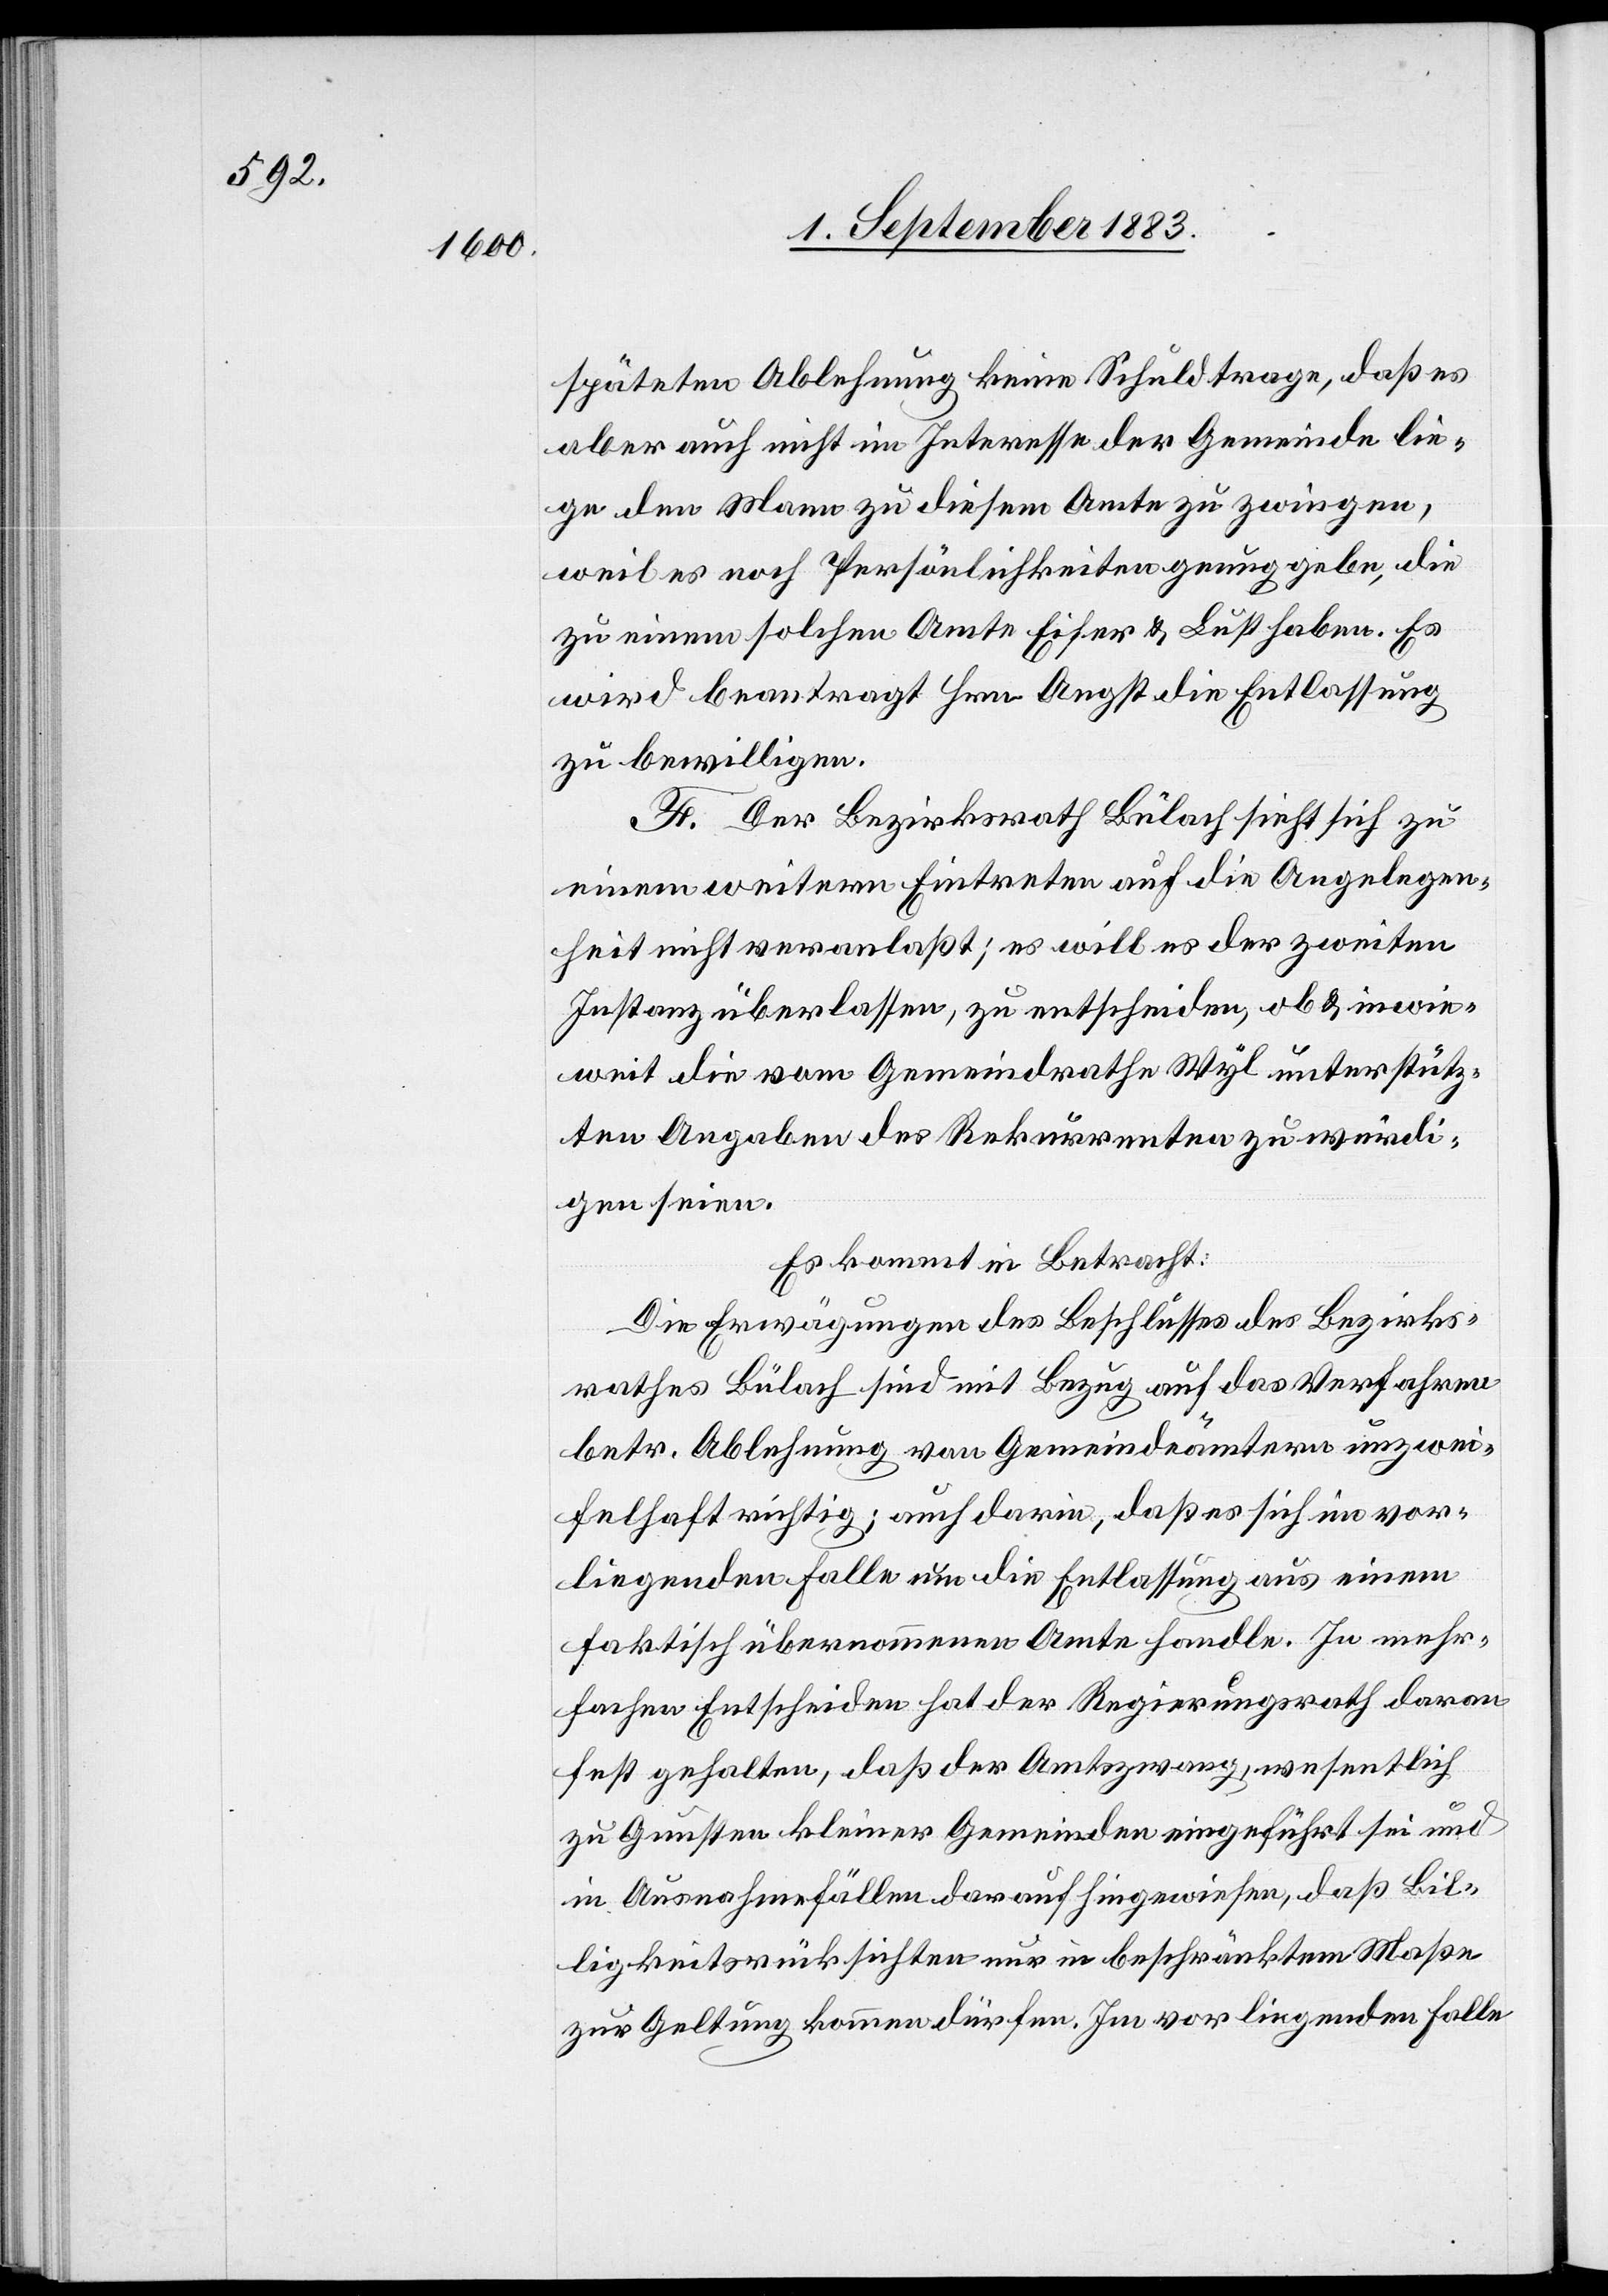
späteten Ablehnung keine Schuld trage, daß es
aber auch nicht im Interesse der Gemeinde lie¬
ge den Mann zu diesem Amte zu zwingen,
weil es noch Persönlichkeiten genug gebe, die
zu einem solchen Amte Eifer & Lust haben. Es
wird beantragt Hrn. Angst die Entlassung
zu bewilligen.
F. Der Bezirksrath Bülach sieht sich zu
einem weitern Eintreten auf die Angelegen¬
heit nicht veranlaßt; es will es der zweiten
Instanz überlassen, zu entscheiden, ob & inwie¬
weit die vom Gemeindrathe Wyl unterstütz¬
ten Angaben des Rekurrenten zu würdi¬
gen seien.
Es kommt in Betracht:
Die Erwägungen des Beschlusses des Bezirks¬
rathes Bülach sind mit Bezug auf das Verfahren
betr. Ablehnung von Gemeindeämtern unzwei¬
felhaft richtig; auch darin, daß es sich im vor¬
liegenden Falle um die Entlassung aus einem
faktisch übernommenen Amte handle. In mehr¬
fachen Entscheiden hat der Regierungsrath daran
festgehalten, daß der Amtszwang, wesentlich
zu Gunsten kleiner Gemeinden eingeführt sei und
in Ausnahmefällen darauf hingewiesen, daß Bil¬
ligkeitsrücksichten nur in beschränktem Maße
zur Geltung kommen dürfen. Im vorliegenden Falle